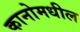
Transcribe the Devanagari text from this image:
कानोमधील